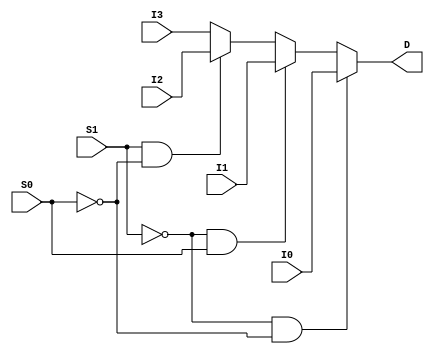
`timescale 1ns / 1ns

module Mux4(I3, I2, I1, I0, S1, S0, D);
    
    input I3, I2, I1, I0;
    input S1, S0;
    output D;
    reg D;

    always @(I3, I2, I1, I0, S1, S0) begin  // @* => everything
        if (S1 == 0 && S0 == 0)
            D <= I0;
        else if (S1 == 0 && S0 == 1)
            D <= I1;
        else if (S1 == 1 && S0 == 0)
            D <= I2;
        else
            D <= I3;
    end

endmodule